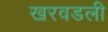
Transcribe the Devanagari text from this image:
खरवडली